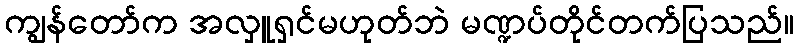
ကျွန်တော်က အလှူရှင်မဟုတ်ဘဲ မဏ္ဍပ်တိုင်တက်ပြသည်။